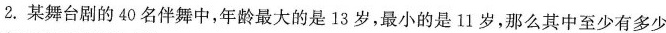
2.某舞台剧的40名伴舞中，年龄最大的是13岁，最小的是11岁，那么其中至少有多少